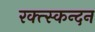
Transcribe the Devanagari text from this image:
रक्त्स्कन्दन